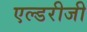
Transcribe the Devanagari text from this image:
एल्डरीजी